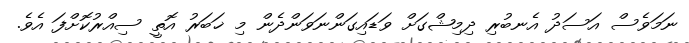
ނަމަވެސް އަސަދު އެނބުރި ދިމިޝްގަށް ވަޑައިގަންނަވަންދެން މި ޚަބަރު އޮތީ ސިއްރުކޮށްފަ އެވެ.